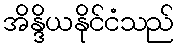
အိန္ဒိယနိုင်ငံသည်